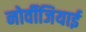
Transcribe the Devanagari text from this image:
नोर्वीजियाई